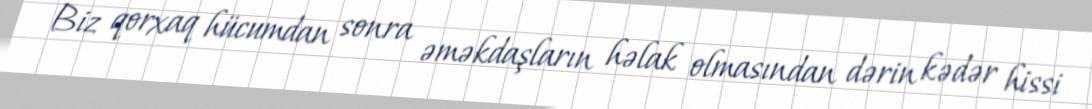
Biz qorxaq hücumdan sonra əməkdaşların həlak olmasından dərin kədər hissi